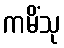
ကမိံသု